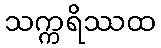
သက္ကရိဿထ